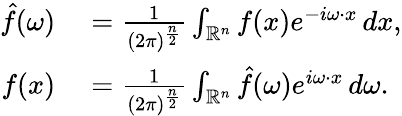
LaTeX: \begin{array}{rl}{{\hat{f}}(\omega)}&{{}={\frac{1}{(2\pi)^{\frac{n}{2}}}}\int_{\mathbb{R}^{n}}f(x)e^{-i\omega\cdot x}\, dx,}\\ {f(x)}&{{}={\frac{1}{(2\pi)^{\frac{n}{2}}}}\int_{\mathbb{R}^{n}}{\hat{f}}(\omega)e^{i\omega\cdot x}\, d\omega.}\end{array}